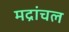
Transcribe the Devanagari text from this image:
मद्रांचल